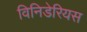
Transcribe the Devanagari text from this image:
विनिडेरियस